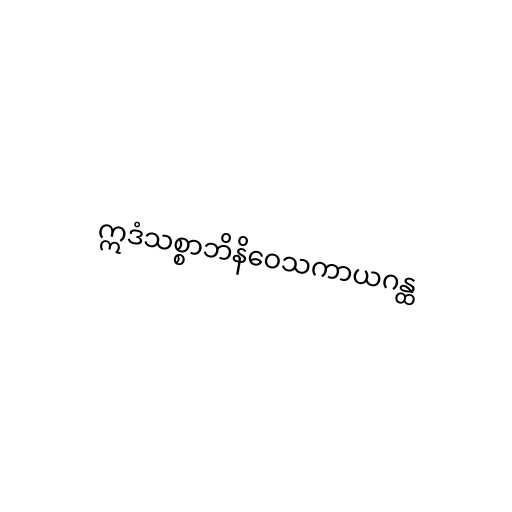
ဣဒံသစ္စာဘိနိဝေသကာယဂန္ထ